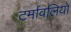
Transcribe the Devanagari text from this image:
टर्मावलियों